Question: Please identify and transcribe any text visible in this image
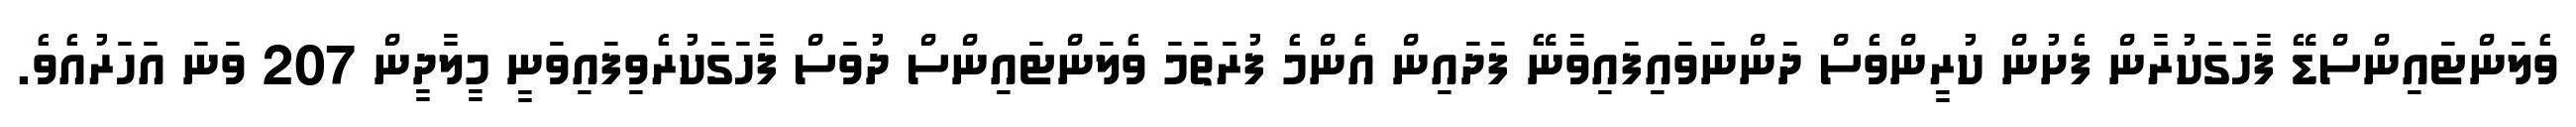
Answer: ވެލަންޓައިންސްޑޭ ފާހަގަކުރާން ފެށުން ކުރީންވެސް ދަންނަވައިފައިވާނޭ ފަދައިން އެންމެ ފުރަތަމަ ވެލަންޓައިންސް ދުވަސް ފާހަގަކުރެވިފައިވަނީ މީލާދީން 207 ވަނަ އަހަރުއެވެ.